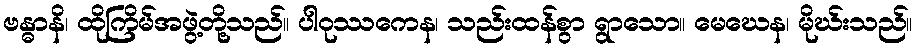
ဗန္ဓာနိ၊ ထိုကြိမ်အဖွဲ့တို့သည်။ ပါဝုဿကေန၊ သည်းထန်စွာ ရွာသော။ မေဃေန၊ မိုဃ်းသည်။